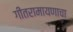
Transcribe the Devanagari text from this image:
गीतरामायणाचा